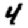
Digit: 4